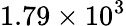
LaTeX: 1.79\times 10^{3}